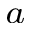
^ { a }